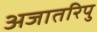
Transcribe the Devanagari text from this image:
अजातरिपु